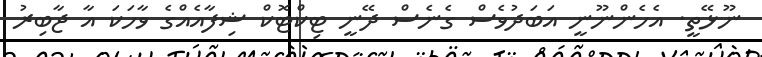
ނޫޅޭތީ. އެހެންނޫނީ އަބަދުވެސް ގެނެސް ދޭނީ ޓިކްޓޮކް ޝިފާއެއްގެ ވާހަކަ އާ ޖާބިރު